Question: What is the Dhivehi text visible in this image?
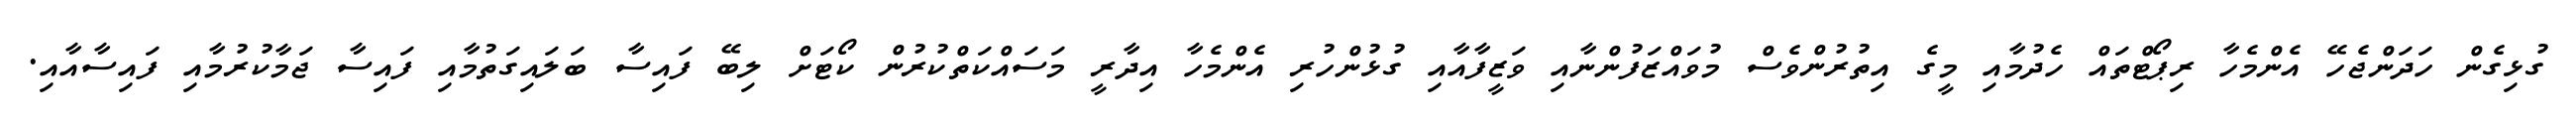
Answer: ގުޅިގެން ހަދަންޖެހޭ އެންމެހާ ރިޕޯޓްތައް ހެދުމާއި މީގެ އިތުރުންވެސް މުވައްޒަފުންނާއި ވަޒީފާއާއި ގުޅުންހުރި އެންމެހާ އިދާރީ މަސައްކަތްކުރުން ކޯޓަށް ލިބޭ ފައިސާ ބަލައިގަތުމާއި ފައިސާ ޖަމާކުރުމާއި ފައިސާއާއި.